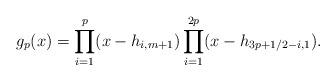
LaTeX: \begin{gather*}g_p(x)=\prod\limits_{i=1}^{p}(x- h_{i,m+1}) \prod\limits_{i=1}^{2p} (x-h_{3p+1/2 -i,1}).\end{gather*}